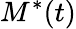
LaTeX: M^{*}(t)